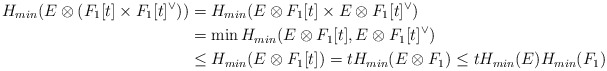
\begin{align*}H_{min}(E\otimes (F_1[t]\times F_1[t]^{\vee}))&=H_{min}(E\otimes F_1[t]\times E\otimes F_1[t]^{\vee})\\&=\min H_{min}(E\otimes F_1[t], E\otimes F_1[t]^{\vee})\\&\leq H_{min}(E\otimes F_1[t])=t H_{min}(E\otimes F_1)\leq tH_{min}(E)H_{min}(F_1)\end{align*}